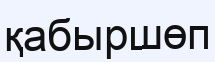
қабыршөп